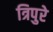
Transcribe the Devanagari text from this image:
त्रिपुरे